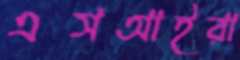
এসআইরা